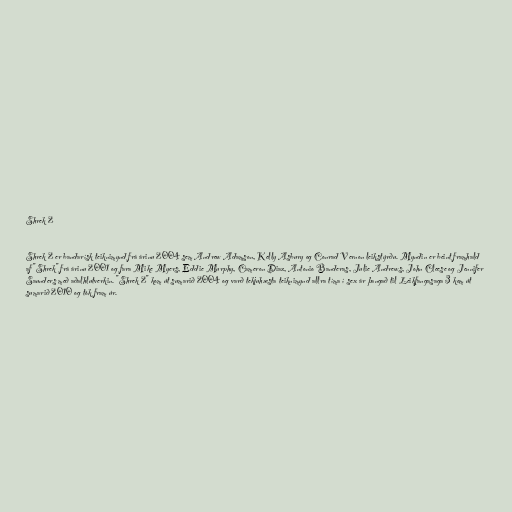
Shrek 2

Shrek 2 er bandarísk teiknimynd frá árinu 2004 sem Andrew Adamson, Kelly Asbury og Conrad Vernon leikstýrðu. Myndin er beint framhald
af "Shrek" frá árinu 2001 og fara Mike Myers, Eddie Murphy, Cameron Diaz, Antonio Banderas, Julie Andrews, John Cleese og Jennifer
Saunders með aðalhlutverkin. "Shrek 2" kom út sumarið 2004 og varð tekjuhæsta teiknimynd allra tíma í sex ár þangað til Leikfangasaga 3 kom út
sumarið 2010 og tók fram úr.